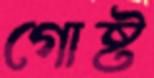
গোষ্ট